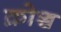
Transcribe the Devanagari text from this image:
क्रोञ्च